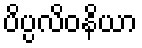
ပိပ္ပလိဝနိယာ